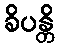
ခိပန္တိ